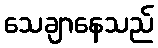
သေချာနေသည်